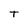
Character: t